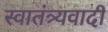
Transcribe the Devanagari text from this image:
स्वातंत्र्यवादी